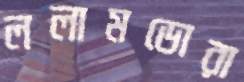
ললামডোরা